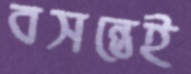
বসন্তেই